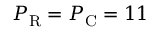
P _ { \mathrm R } = P _ { \mathrm C } = 1 1